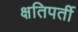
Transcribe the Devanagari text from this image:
क्षतिपर्ती